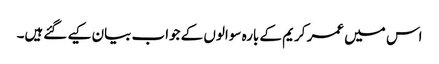
اس میں عمر کریم کے بارہ سوالوں کے جواب بیان کیے گئےہیں۔